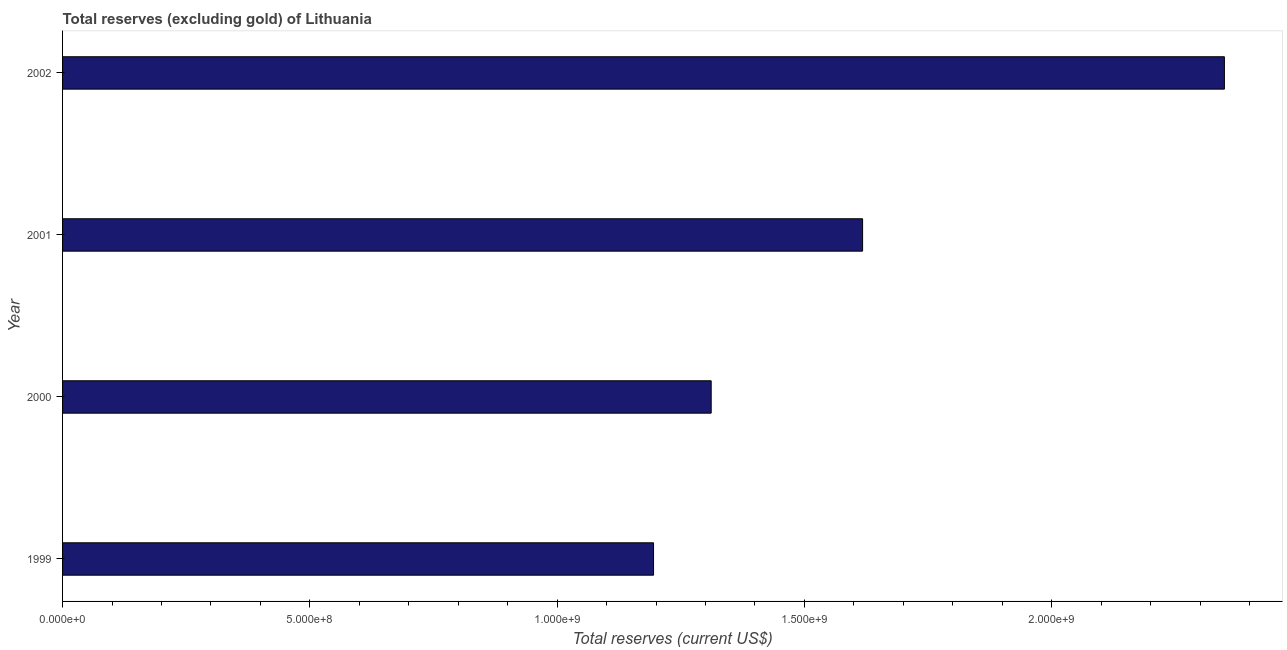
| Year | Total reserves minus gold (current US$) |
 | --- | --- |
 | 1999 | 1.2e+09 |
 | 2000 | 1.31e+09 |
 | 2001 | 1.62e+09 |
 | 2002 | 2.35e+09 |